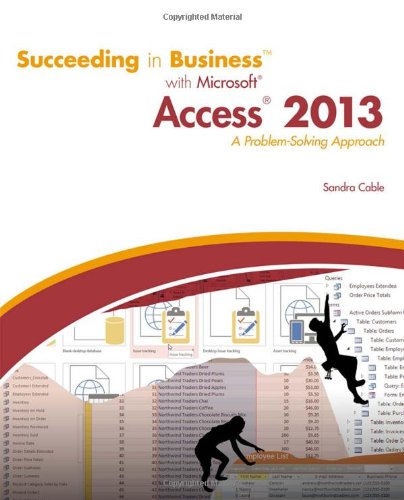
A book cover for Succeeding in Business with Microsoft Access 2013: A Problem-Solving Approach (New Perspectives); Sandra Cable; Computers & Technology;